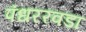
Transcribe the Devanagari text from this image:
पंधररवडा